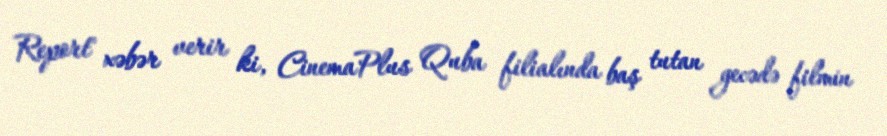
Report" xəbər verir ki, CinemaPlus Quba filialında baş tutan gecədə filmin